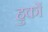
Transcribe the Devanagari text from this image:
हुकों